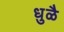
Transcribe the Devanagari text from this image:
धुळै